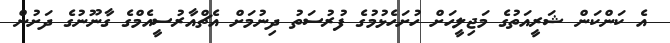
އެ ކަންކަން ޝަރީއަތުގެ މަޖިލީހަށް ހުށަހެޅުމުގެ ފުރުސަތު ދިނުމަށް އެޗްއާރުސީއެމްގެ ގާނޫނުގެ ދަށުން